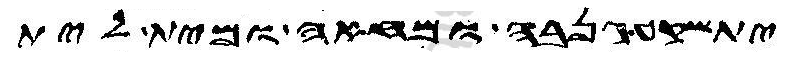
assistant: יתשקע גנבה ומחאה ומית לית